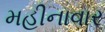
મહીનાવાર